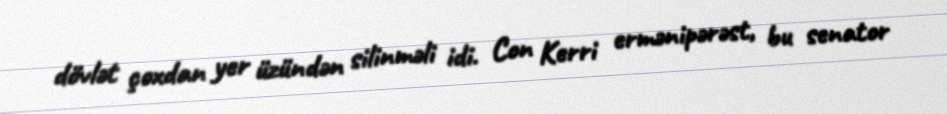
dövlət çoxdan yer üzündən silinməli idi. Con Kerri ermənipərəst, bu senator